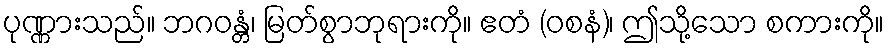
ပုဏ္ဏားသည်။ ဘဂဝန္တံ၊ မြတ်စွာဘုရားကို။ ဧတံ (ဝစနံ)၊ ဤသို့သော စကားကို။